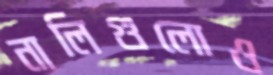
নালিগুলোও